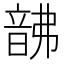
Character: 𩐚